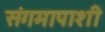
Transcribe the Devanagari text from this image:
संगमापाशी